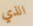
الذي